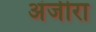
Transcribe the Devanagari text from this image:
अंजीरा